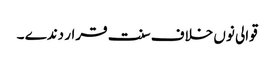
قوالی نوں خلاف سنت قرار دندے ۔